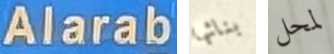
Alarab بنائها لمحل